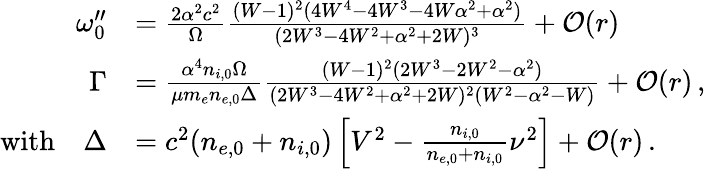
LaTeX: \begin{array}{rl}{\omega_{0}^{\prime\prime}}&{=\frac{2\alpha^{2}c^{2}}{\Omega}\frac{(W-1)^{2}(4W^{4}-4W^{3}-4W\alpha^{2}+\alpha^{2})}{(2W^{3}-4W^{2}+\alpha^{2}+2W)^{3}}+\mathcal{O}(r)}\\ {\Gamma}&{=\frac{\alpha^{4}n_{i,0}\Omega}{\mu m_{e}n_{e,0}\Delta}\frac{(W-1)^{2}(2W^{3}-2W^{2}-\alpha^{2})}{(2W^{3}-4W^{2}+\alpha^{2}+2W)^{2}(W^{2}-\alpha^{2}-W)}+\mathcal{O}(r)\, ,}\\ {\mathrm{with}\quad\Delta}&{=c^{2}(n_{e,0}+n_{i,0})\left[V^{2}-\frac{n_{i,0}}{n_{e,0}+n_{i,0}}\nu^{2}\right]+\mathcal{O}(r)\, .}\end{array}